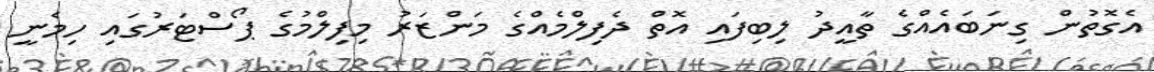
އެގޮތުން ގިނަބައެއްގެ ތާއީދު ލިބިފައި އޮތް ދެފިލްމެއްގެ މަންޒަރު މިފިލްމުގެ ޕޯސްޓަރުގައި ހިމެނީ